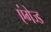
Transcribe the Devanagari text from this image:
एंगेज्ड